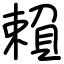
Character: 賴